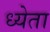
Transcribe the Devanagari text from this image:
ध्येता